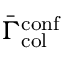
\bar { \Gamma } _ { \mathrm { c o l } } ^ { \mathrm { c o n f } }